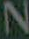
N